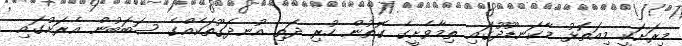
މިރަށަކީ މިއަތޮޅު މާކަނޑޫދޫގައި ތިމާވެށީގެ ގޮތުން ހުރި ދަތި އުނދަގޫތަކެއްގެ ސަބަބުން އެރަށުގައި